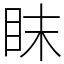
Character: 眜